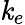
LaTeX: \mathit{k}_{e}